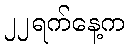
၂၂ရက်နေ့က